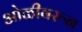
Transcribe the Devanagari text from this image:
ओळीवरून